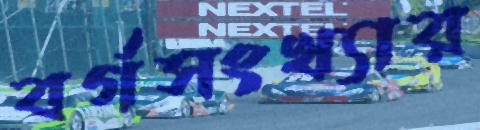
বর্গসংখ্যার